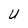
Character: U